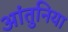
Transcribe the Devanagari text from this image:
आंतुनिया